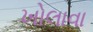
ખોલાવા